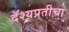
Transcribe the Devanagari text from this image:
दॅश्यप्रतीचा